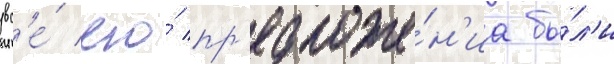
вс'е́ его́ пр'едложе́н'иа бы́л'и